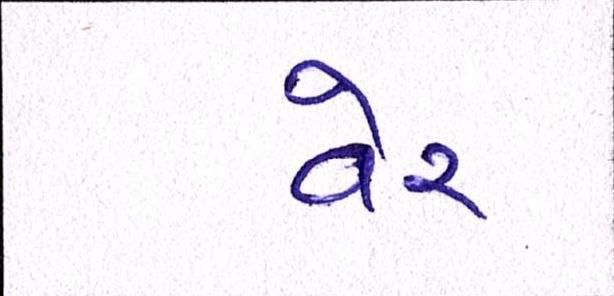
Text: વેર